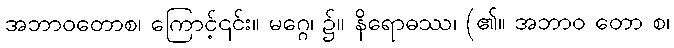
အဘာဝတောစ၊ ကြောင့်၎င်း။ မဂ္ဂေ၊ ၌။ နိရောဓဿ၊ (၏။ အဘာဝ တော စ၊